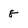
Character: 8